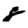
Digit: 8